Insane asylums Bombay 1873-77 - 1873-1877
Year: 1873
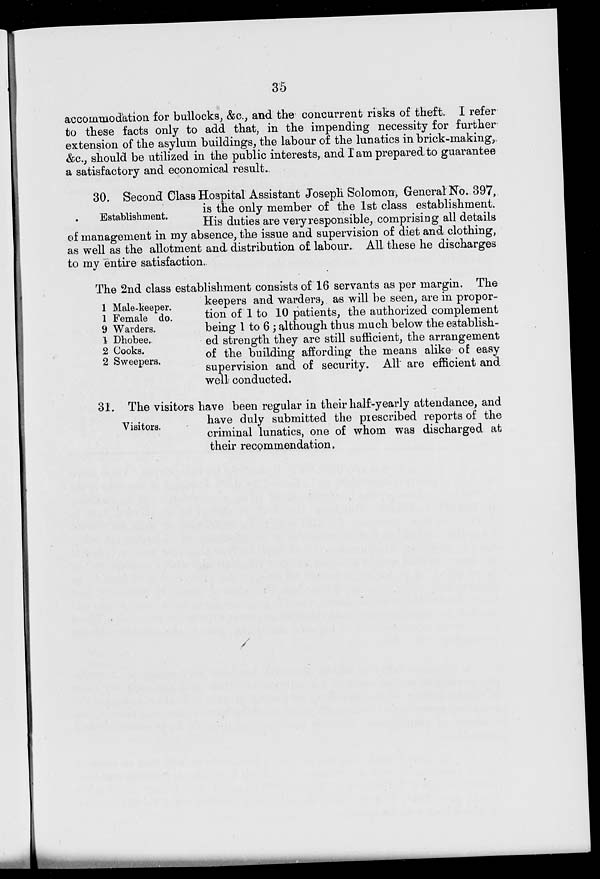
35
accommodation for bullocks, &c., and the concurrent risks of theft. I refer
to these facts only to add that, in the impending necessity for further
extension of the asylum buildings, the labour of the lunatics in brick-making,
&c., should be utilized in the public interests, and I am prepared to guarantee
a satisfactory and economical result.
Establishment.
30. Second Class Hospital Assistant Joseph Solomon, General No. 397,
is the only member of the 1st class establishment.
His duties are very responsible, comprising all details
of management in my absence, the issue and supervision of diet and clothing,
as well as the allotment and distribution of labour. All these he discharges
to my entire satisfaction.
1
1
9
1
2
2
Male-keeper.
Female do.
Warders.
Dhobee.
Cooks.
Sweepers.
The 2nd class establishment consists of 16 servants as per margin. The
keepers and warders, as will be seen, are in propor-
tion of 1 to 10 patients, the authorized complement
being 1 to 6; although thus much below the establish-
ed strength they are still sufficient, the arrangement
of the building affording the means alike of easy
supervision and of security. All are efficient and
well conducted.
Visitors.
31. The visitors have been regular in their half-yearly attendance, and
have duly submitted the prescribed reports of the
criminal lunatics, one of whom was discharged at
their recommendation.